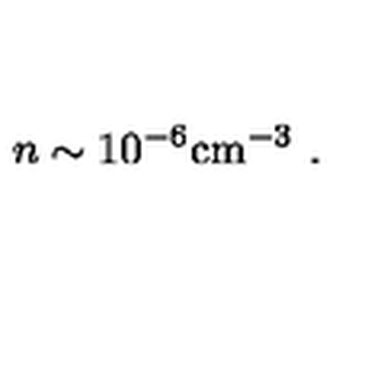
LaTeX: n \sim 1 0 ^ { - 6 } \mathrm { c m ^ { - 3 } } \ .